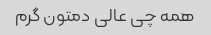
همه چی عالی دمتون گرم